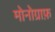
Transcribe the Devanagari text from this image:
मोनोग्राफ़